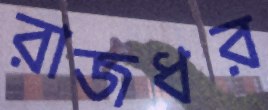
রাজধর